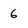
Character: 6